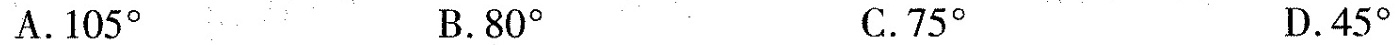
A.105^{\circ} B.80^{\circ} C.75^{\circ} D.45^{\circ}